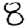
Digit: 8